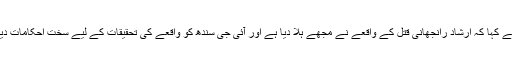
انہوں نے کہا کہ ارشاد رانجھانی قتل کے واقعے نے مجھے ہلا دیا ہے اور آئی جی سندھ کو واقعے کی تحقیقات کے لیے سخت احکامات دیے ہیں۔